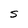
Character: S